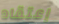
إعتقاد